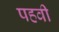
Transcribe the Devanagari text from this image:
पहवी